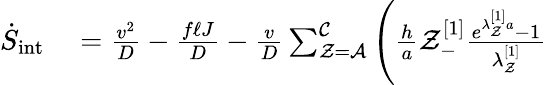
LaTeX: \begin{array}{rl}{\dot{S}_{\mathrm{int}}}&{{}=\frac{v^{2}}{D}-\frac{f\ell J}{D}-\frac{v}{D}\sum_{\mathcal{Z}=\mathcal{A}}^{\mathcal{C}}\Bigg(\frac{h}{a}\mathcal{Z}_{-}^{[1]}\frac{e^{\lambda_{\mathcal{Z}}^{[1]}a}-1}{\lambda_{\mathcal{Z}}^{[1]}}}\end{array}